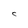
Character: C